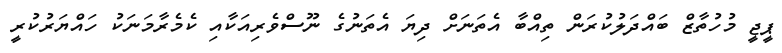
ޕީޖީ މުހުތާޒް ބައްދަލުކުރަން ތިއްބާ އެތަނަށް ދިޔަ އެތަނުގެ ނޫސްވެރިއަކާއި ކެމެރާމަނަކު ހައްޔަރުކުރީ